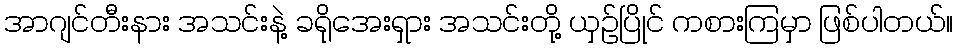
အာဂျင်တီးနား အသင်းနဲ့ ခရိုအေးရှား အသင်းတို့ ယှဉ်ပြိုင် ကစားကြမှာ ဖြစ်ပါတယ်။